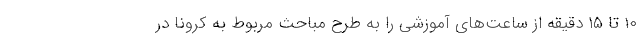
۱۰ تا ۱۵ دقیقه از ساعت‌های آموزشی را به طرح مباحث مربوط به کرونا در